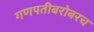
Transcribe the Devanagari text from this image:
गणपतीबरोबरच